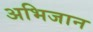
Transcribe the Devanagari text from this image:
अभिजान